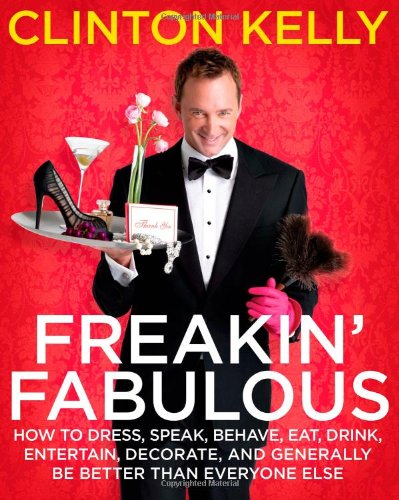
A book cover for Freakin' Fabulous: How to Dress, Speak, Behave, Eat, Drink, Entertain, Decorate, and Generally Be Better than Everyone Else; Clinton Kelly; Humor & Entertainment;